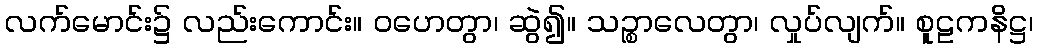
လက်မောင်း၌ လည်းကောင်း။ ဝဟေတွာ၊ ဆွဲ၍။ သဉ္စာလေတွာ၊ လှုပ်လျက်။ စူဠကနိဋ္ဌ၊